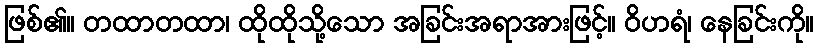
ဖြစ်၏။ တထာတထာ၊ ထိုထိုသို့သော အခြင်းအရာအားဖြင့်။ ဝိဟရံ၊ နေခြင်းကို။